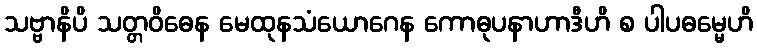
သဗ္ဗာနိပိ သတ္တဝိဓေန မေထုနသံယောဂေန ကောဓုပနာဟာဒီဟိ စ ပါပဓမ္မေဟိ